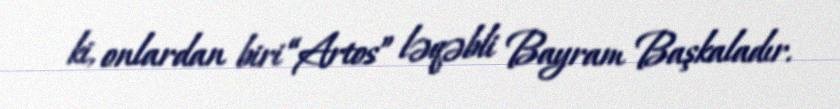
ki, onlardan biri “Artos” ləqəbli Bayram Başkaladır.